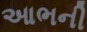
આભની